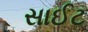
સાઈટ